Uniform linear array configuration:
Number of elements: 24
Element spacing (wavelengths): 0.5
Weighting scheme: kaiser
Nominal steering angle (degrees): -30
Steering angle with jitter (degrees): -29.476
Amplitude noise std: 0.05
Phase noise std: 0.05

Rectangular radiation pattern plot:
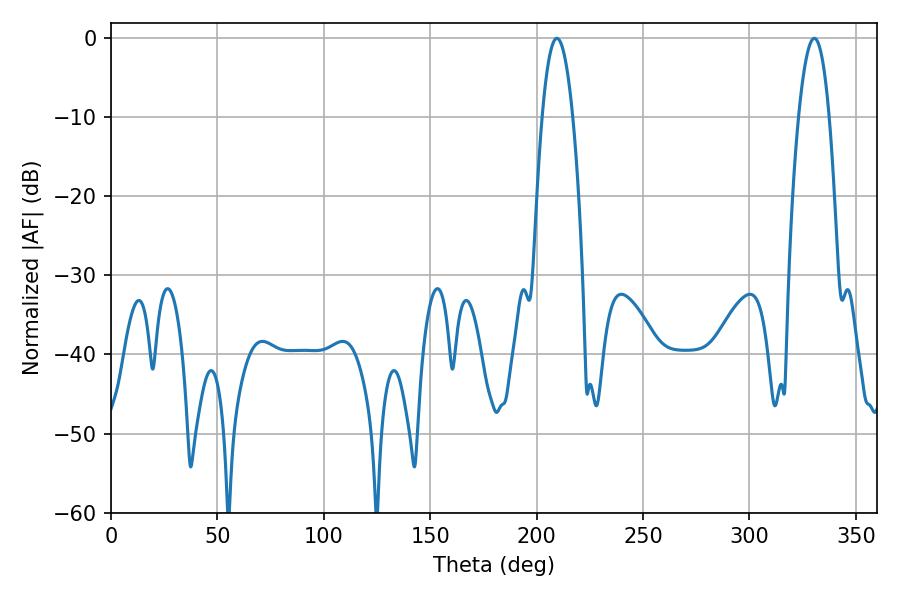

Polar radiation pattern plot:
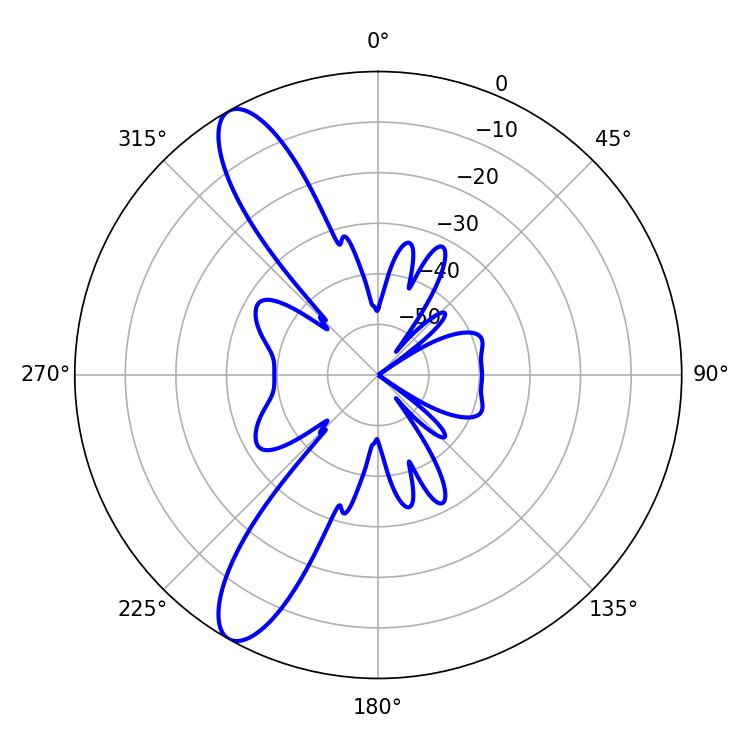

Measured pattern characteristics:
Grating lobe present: FALSE
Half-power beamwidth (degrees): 7.92
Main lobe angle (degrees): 330.48